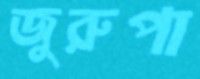
জুরুপা